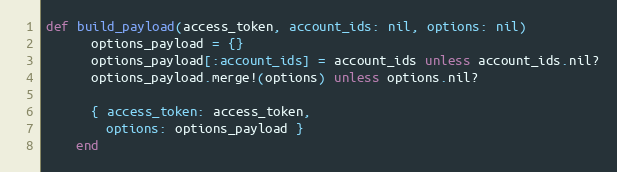
Language: Ruby
def build_payload(access_token, account_ids: nil, options: nil)
      options_payload = {}
      options_payload[:account_ids] = account_ids unless account_ids.nil?
      options_payload.merge!(options) unless options.nil?

      { access_token: access_token,
        options: options_payload }
    end